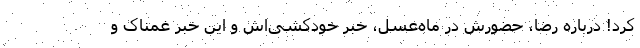
کرد! درباره رضا، حضورش در ماه‌عسل، خبر خودکشی‌اش و این خبر غمناک و